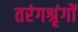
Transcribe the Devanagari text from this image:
तरंगश्रृंगों